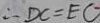
\therefore D C = E C